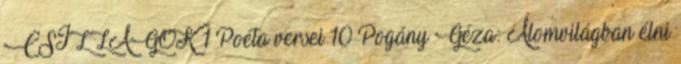
CSILLAGOK 1 Poéta versei 10 Pogány Géza: Álomvilágban élni